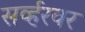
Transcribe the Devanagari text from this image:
सर्व्हरवर